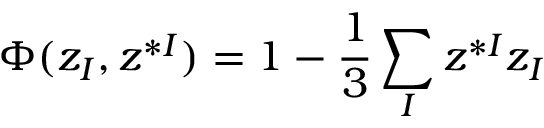
\Phi ( z _ { I } , z ^ { * I } ) = 1 - { \frac { 1 } { 3 } } \sum _ { I } z ^ { * I } z _ { I }